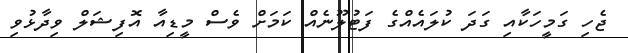
ޖެހި ގަމީހަކާއި ގަދަ ކުލައެއްގެ ފަޓުލޫނެއް ކަމަށް ވެސް މީޑިއާ އޮފިޝަލް ވިދާޅުވި